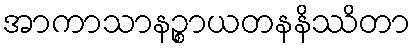
အာကာသာနဉ္စာယတနနိဿိတာ